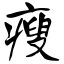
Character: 瘦